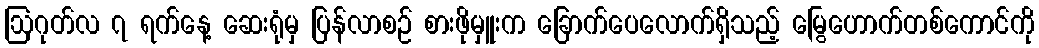
ဩဂုတ်လ ၇ ရက်နေ့ ဆေးရုံမှ ပြန်လာစဉ် စားဖိုမှူးက ခြောက်ပေလောက်ရှိသည့် မြွေဟောက်တစ်ကောင်ကို